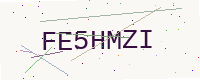
Text: FE5HMZI